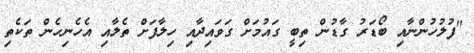
"ފުލުހުންނާއި ބޯޑަަރު ގާޑުން ތިބީ ގައުމަށް ގަވައިދާއި ހިލާފަށް ތެލާއި އެހެނިހެން ތަކެތި